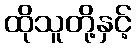
ထိုသူတို့နှင့်